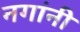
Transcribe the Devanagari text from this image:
नगांनी